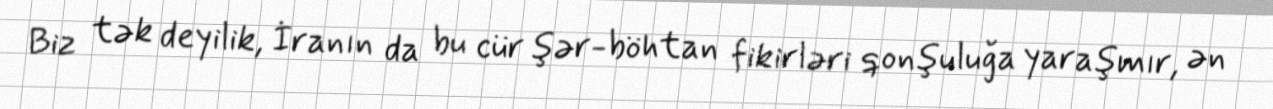
Biz tək deyilik, İranın da bu cür şər-böhtan fikirləri qonşuluğa yaraşmır, ən